Annual statistical returns and brief notes on vaccination in Bengal - 1887-1898
Year: 1887
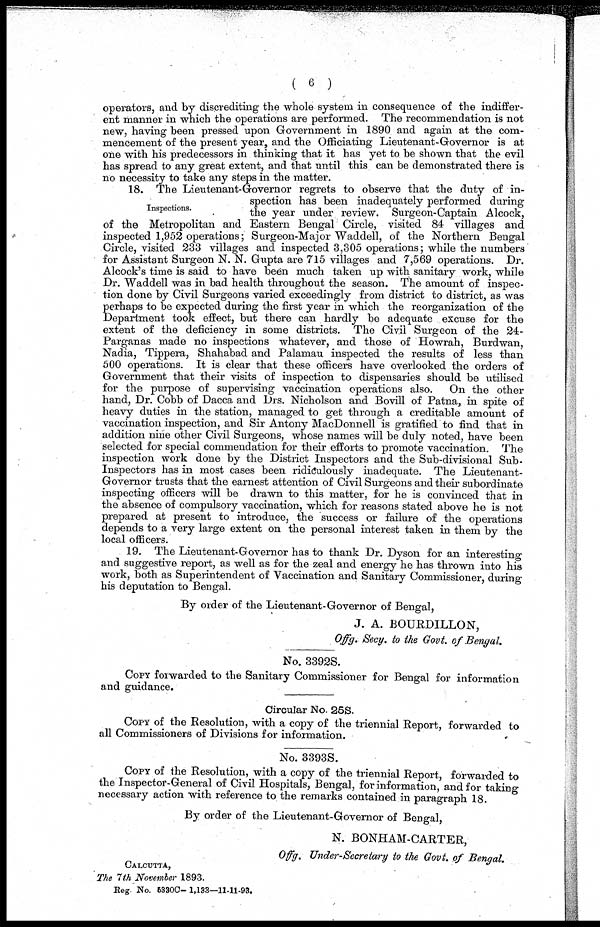
( 6 )
operators, and by discrediting the whole system in consequence of the indiffer-
ent manner in which the operations are performed. The recommendation is not
new, having been pressed upon Government in 1890 and again at the com-
mencement of the present year, and the Officiating Lieutenant-Governor is at
one with his predecessors in thinking that it has yet to be shown that the evil
has spread to any great extent, and that until this can be demonstrated there is
no necessity to take any steps in the matter.
Inspections.
18. The Lieutenant-Governor regrets to observe that the duty of in-
spection has been inadequately performed during
the year under review. Surgeon-Captain Alcock,
of the Metropolitan and Eastern Bengal Circle, visited 84 villages and
inspected 1,952 operations; Surgeon-Major Waddell, of the Northern Bengal
Circle, visited 233 villages and inspected 3,305 operations; while the numbers
for Assistant Surgeon N. N. Gupta are 715 villages and 7,569 operations. Dr.
Alcock's time is said to have been much taken up with sanitary work, while
Dr. Waddell was in bad health throughout the season. The amount of inspec-
tion done by Civil Surgeons varied exceedingly from district to district, as was
perhaps to be expected during the first year in which the reorganization of the
Department took effect, but there can hardly be adequate excuse for the
extent of the deficiency in some districts. The Civil Surgeon of the 24-
Parganas made no inspections whatever, and those of Howrah, Burdwan,
Nadia, Tippera, Shahabad and Palamau inspected the results of less than
500 operations. It is clear that these officers have overlooked the orders of
Government that their visits of inspection to dispensaries should be utilised
for the purpose of supervising vaccination operations also. On the other
hand, Dr. Cobb of Dacca and Drs. Nicholson and Bovill of Patna, in spite of
heavy duties in the station, managed to get through a creditable amount of
vaccination inspection, and Sir Antony MacDonnell is gratified to find that in
addition nine other Civil Surgeons, whose names will be duly noted, have been
selected for special commendation for their efforts to promote vaccination. The
inspection work done by the District Inspectors and the Sub-divisional Sub-
Inspectors has in most cases been ridiculously inadequate. The Lieutenant-
Governor trusts that the earnest attention of Civil Surgeons and their subordinate
inspecting officers will be drawn to this matter, for he is convinced that in
the absence of compulsory vaccination, which for reasons stated above he is not
prepared at present to introduce, the success or failure of the operations
depends to a very large extent on the personal interest taken in them by the
local officers.
19. The Lieutenant-Governor has to thank Dr. Dyson for an interesting
and suggestive report, as well as for the zeal and energy he has thrown into his
work, both as Superintendent of Vaccination and Sanitary Commissioner, during
his deputation to Bengal.
By order of the Lieutenant-Governor of Bengal,
J. A. BOURDILLON,
Offg. Secy. to the Govt. of Bengal.
No. 3392S.
COPY forwarded to the Sanitary Commissioner for Bengal for information
and guidance.
Circular No. 25S.
COPY of the Resolution, with a copy of the triennial Report, forwarded to
all Commissioners of Divisions for information.
No. 3393S.
COPY of the Resolution, with a copy of the triennial Report, forwarded to
the Inspector-General of Civil Hospitals, Bengal, for information, and for taking
necessary action with reference to the remarks contained in paragraph 18.
By order of the Lieutenant-Governor of Bengal,
N. BONHAM-CARTER,
Offg. Under-Secretary to the Govt. of Bengal.
CALCUTTA,
The 7th November 1893.
Reg. No. 5330C—1,133—11-11-93.